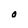
Character: O